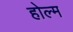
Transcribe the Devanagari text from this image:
होल्म